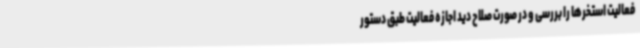
فعالیت استخرها را بررسی و در صورت صلاح دید اجازه فعالیت طبق دستور